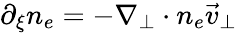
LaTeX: \partial_{\xi}n_{e}=-\nabla_{\perp}\cdot n_{e}\vec{v}_{\perp}